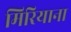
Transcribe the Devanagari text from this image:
मिरियाना